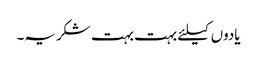
یادوں کیلئے بہت بہت شکریہ۔